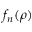
f _ { n } ( \rho )